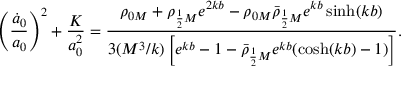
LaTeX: \left( \frac { \dot { a } _ { 0 } } { a _ { 0 } } \right) ^ { 2 } + \frac { K } { a _ { 0 } ^ { 2 } } = \frac { \rho _ { 0 M } + \rho _ { \frac 1 2 M } e ^ { 2 k b } - \rho _ { 0 M } \bar { \rho } _ { \frac 1 2 M } e ^ { k b } \sinh ( k b ) } { 3 ( M ^ { 3 } / k ) \left[ e ^ { k b } - 1 - \bar { \rho } _ { \frac 1 2 M } e ^ { k b } ( \cosh ( k b ) - 1 ) \right] } .